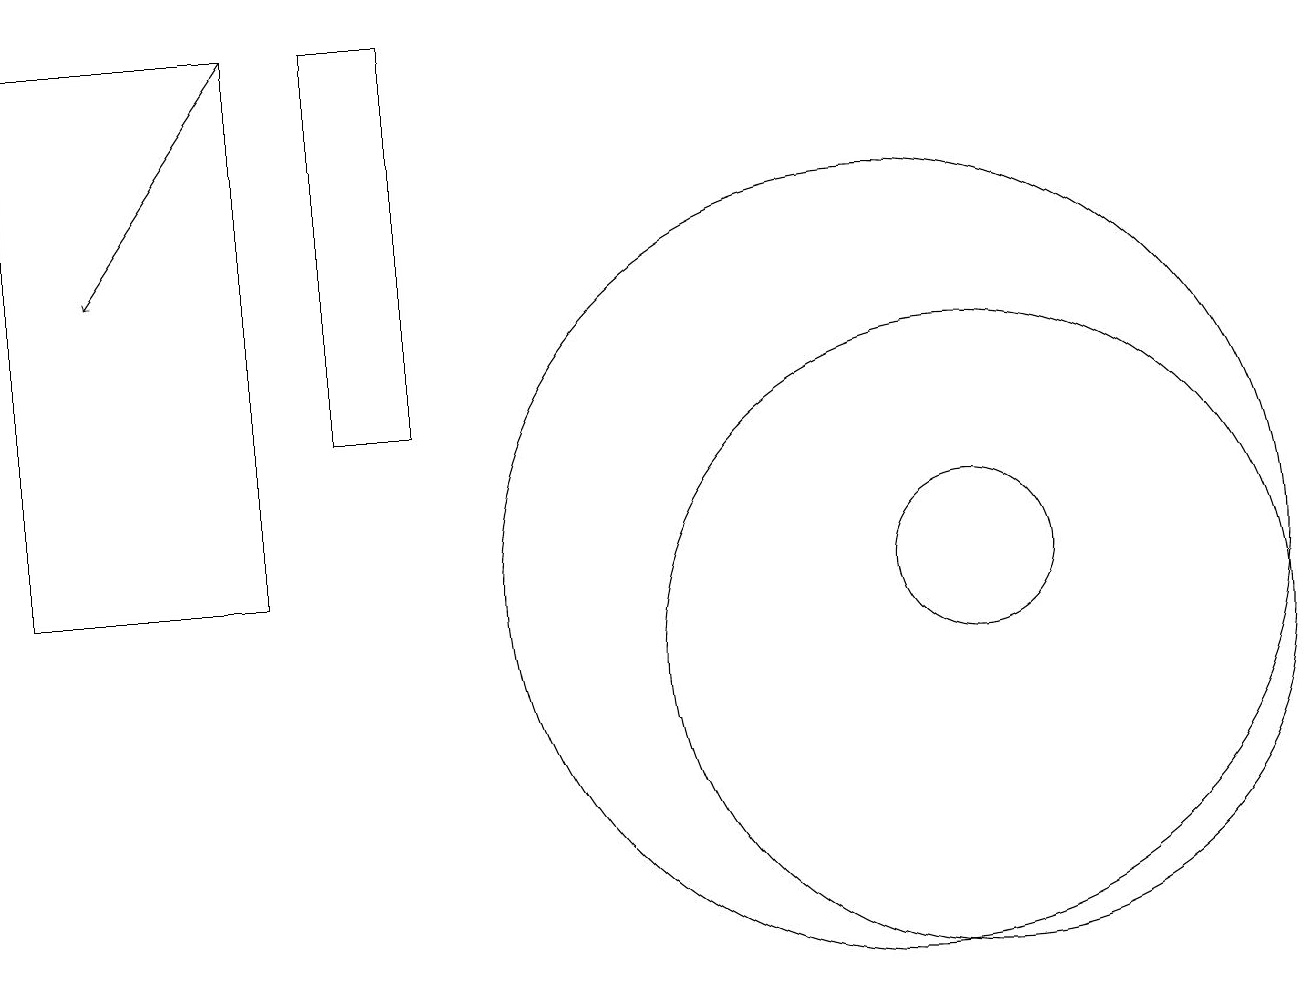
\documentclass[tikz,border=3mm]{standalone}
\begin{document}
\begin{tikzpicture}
\draw (5,18) rectangle (4,13);
\draw (12,10) circle (4);
\draw (12,11) circle (1);
\draw (11,11) circle (5);
\draw[->] (3,18) -- (1,15);
\draw (0,18) rectangle (3,11);
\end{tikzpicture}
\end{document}